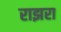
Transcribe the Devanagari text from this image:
राझरा